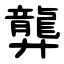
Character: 龏